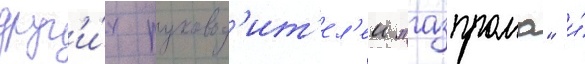
друг'и́х руковод'ит'ел'еи "газпрома" и́